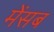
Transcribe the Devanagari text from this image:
मेंसब